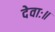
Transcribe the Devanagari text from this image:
देवाः॥